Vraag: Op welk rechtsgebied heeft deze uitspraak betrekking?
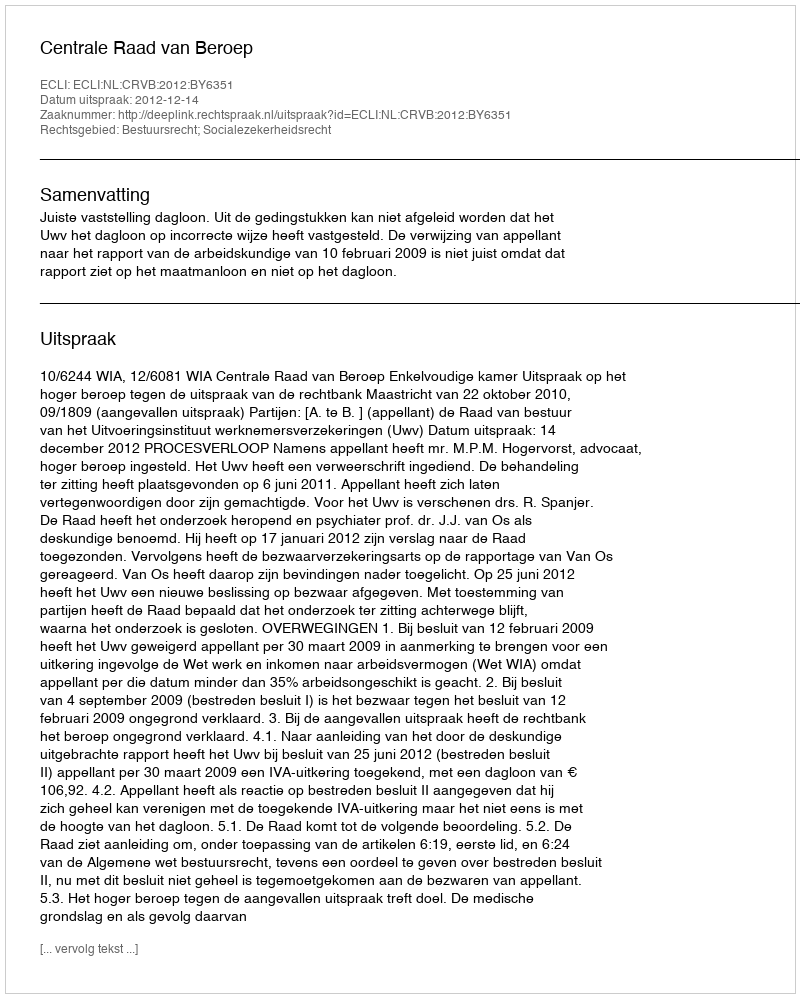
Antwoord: Bestuursrecht; Socialezekerheidsrecht